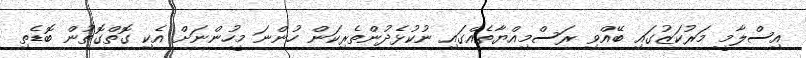
އިސްލާމީ މަރުކަޒުގައި ބޭއްވި ރަސްމިއްޔާތެއްގައި ނުކުޅެދުންތެރިކަން ހުންނަ މީހުންނަށް އެކި ގޮތްގޮތުން ބޮޑެތި